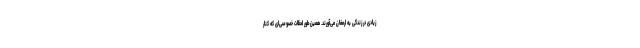
زیادی در زندگی به ارمغان می‌آورند. همین‌طور لحظات خصوصی‌ای که کنار